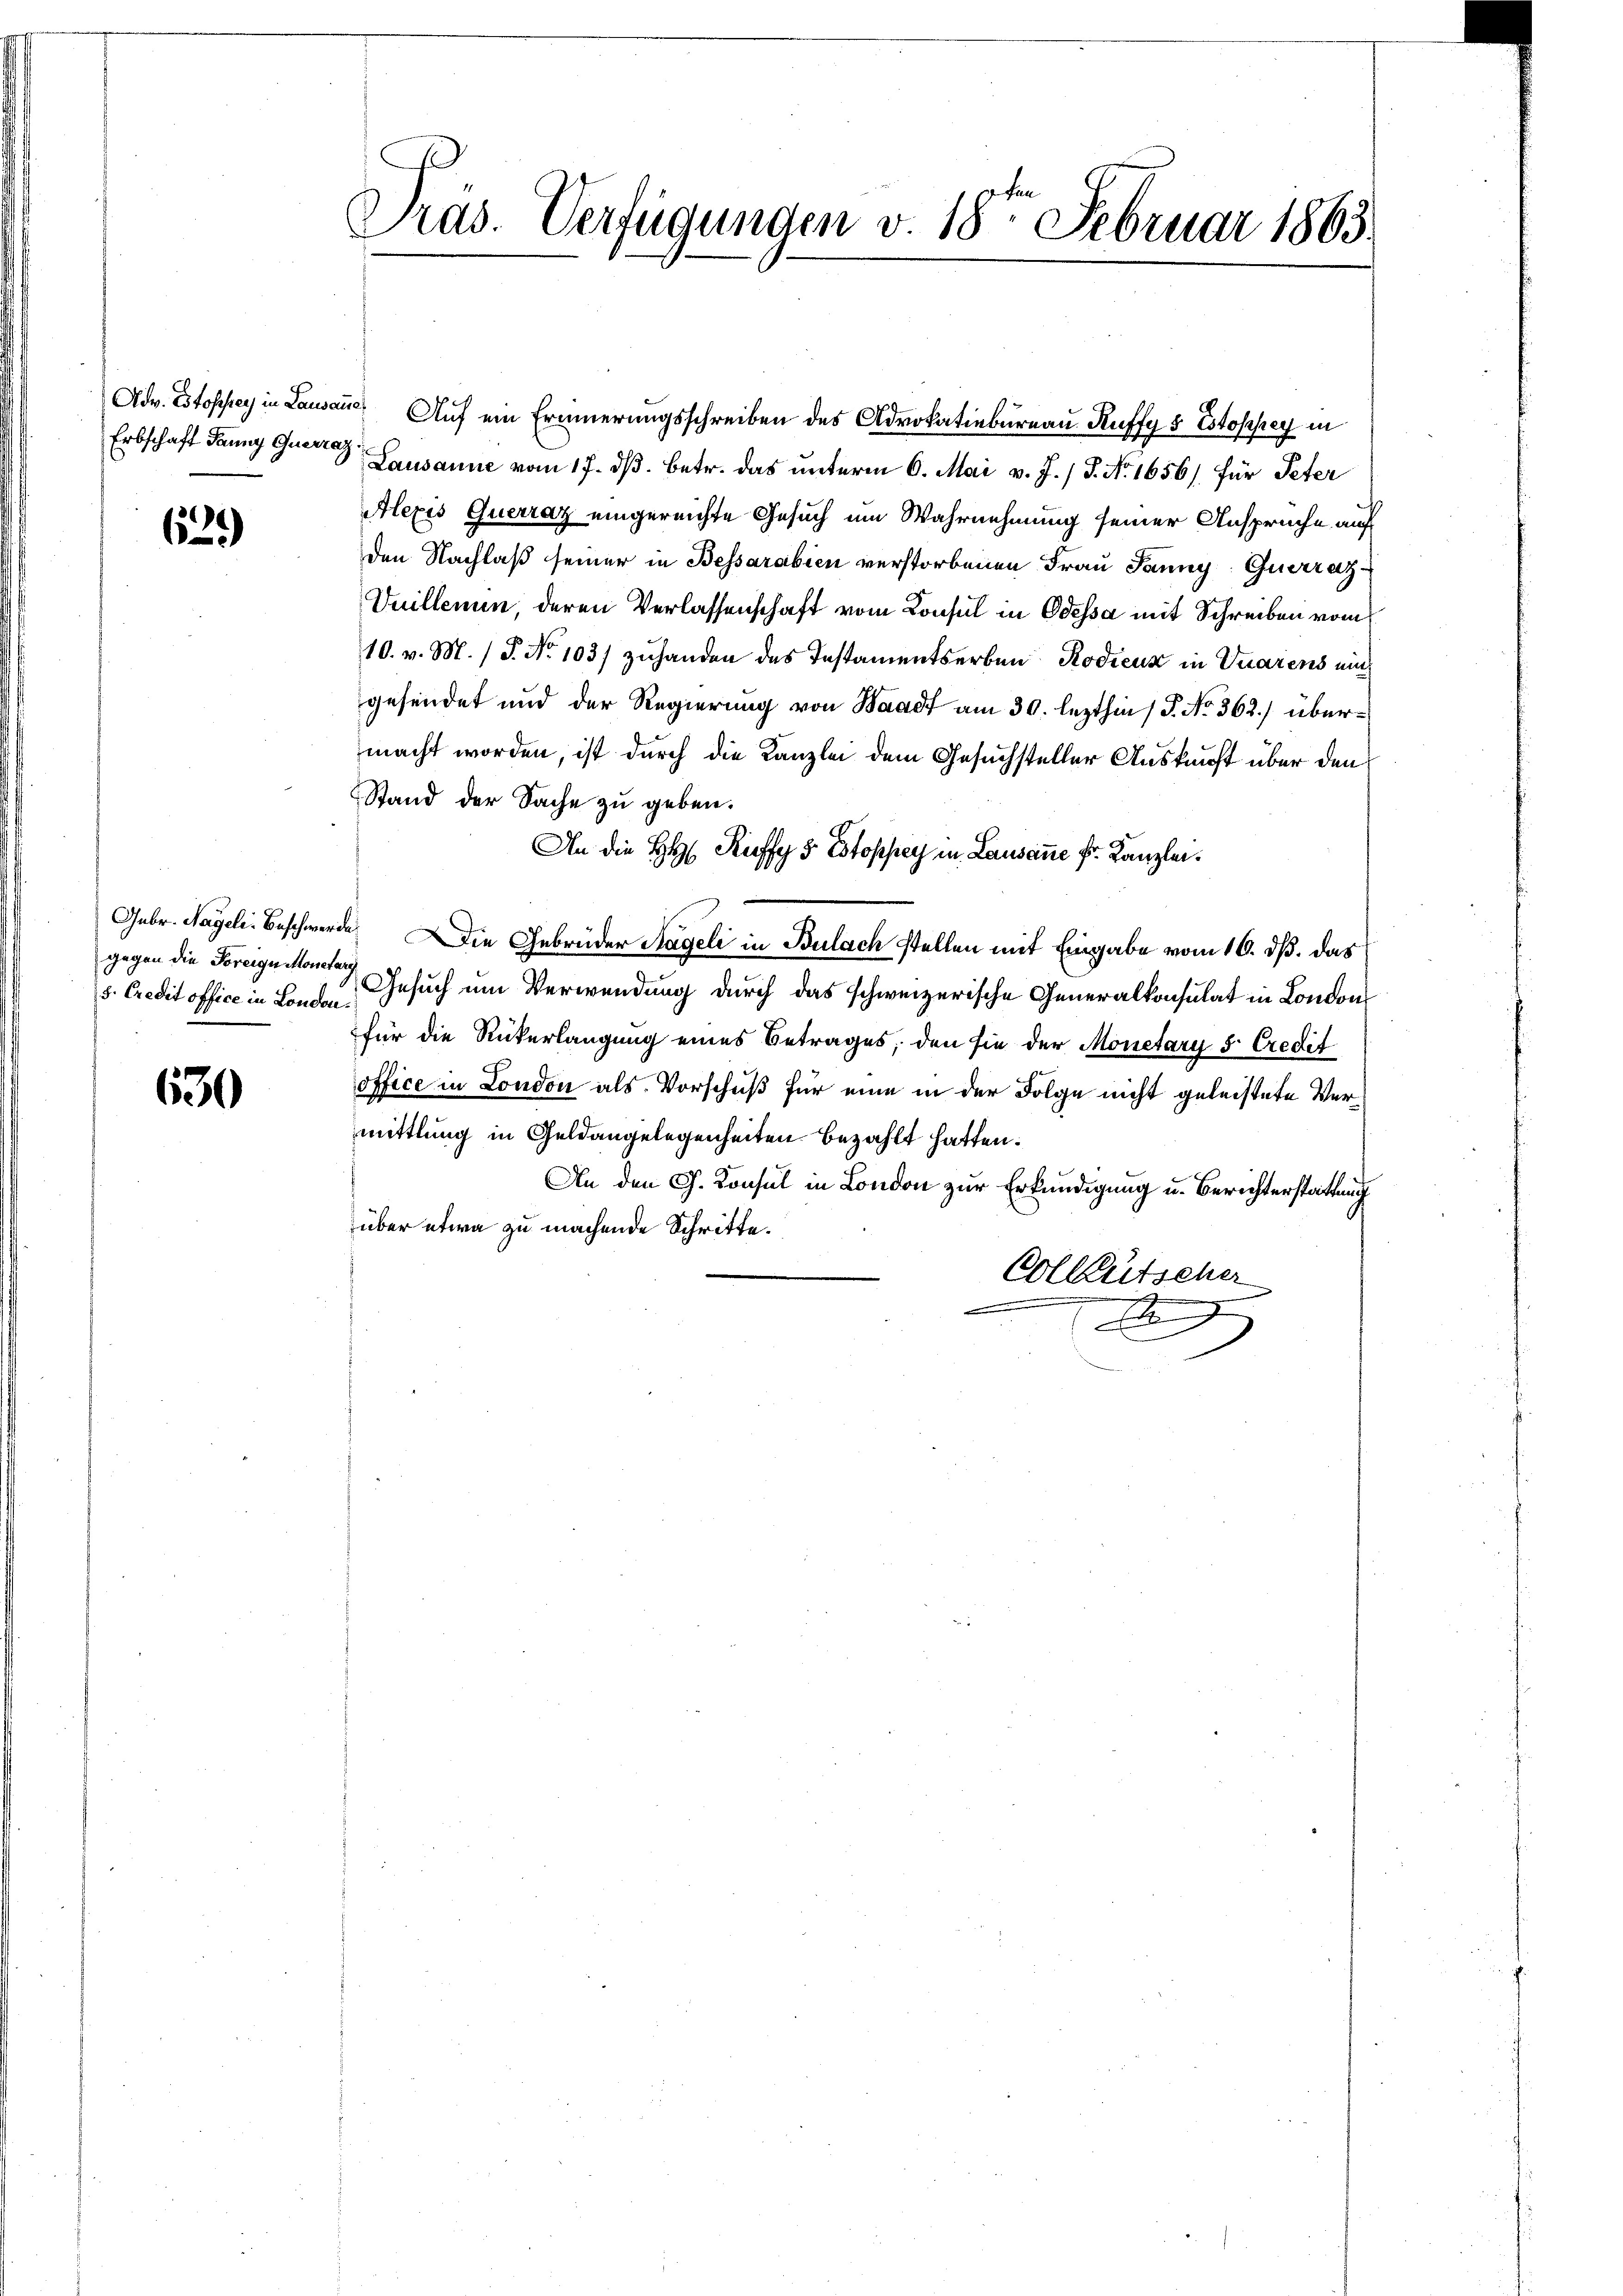
62)

gegen die Freigen Monetarg

630

Pras. Verfügungen v. 18ten Februar 1863.

Adv. Estophey in Lausane Auf ein Erinnerungsschreiben des Advokatiebureau Ruffy 5 Estophey in
Erbschaft dann Gurer Lausanne vom 17. ds. betr. das unterm 6. Mai v. J. / P. Nr. 1656) für Peter
Alexis Querraz eingereichte Gesuch um Wahrnehmung seiner Anspruche auf
den Nachlaß seiner in Bessarabien verstorbenen Frau Janny, Querrat¬
Vuillemin, deren Verlassenschaft vom Consul in Odessa mit Schreiben vom
10. v. M. (T. No 1031 zuhanden des Instamentserben Kodicus in Vuarens mich
gesendet und der Regierung von Waadt am 30. lezthin 1 S. No. 362) übermacht worden, ist durch die Kanzlei dem Gesuchsteller Auskunft über den
Stand der Sache zu geben.
An die HH Puffy 5 Estoppey in Lausanne fr. Kanzlei.
Gebr. Nagel: Beschwerde. Die Gebrüder Hageli in Bulach stellen mit Eingabe vom 16. dß. das
. Credit office in London, Gesuch um Verwendung durch das schweizerische Generalkonsulat in London
für die Rückerlangung eines Betrages, den sie der Monetary 5 Credit
office in London als Vorschuß für eine in der Folge nicht geleistete Vermittlung in Geldangelegenheiten bezahlt hatten.
An den Ch. Konsul in London zur Erkundigung u. Berichterstattung
über etwa zu machende Schritte.
Colleütscher